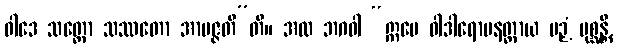
ဝါဒေ သတ္တော သဿတော အာပဇ္ဇတီ”တိ။ အထ ဘဂဝါ “ဣမေ ဝါဒါရောပနတ္ထာယ ပဉှံ ပုစ္ဆန္တိ,